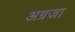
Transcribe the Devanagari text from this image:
अग्रजा